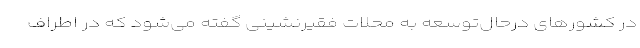
در کشورهای درحال‌توسعه به محلات فقیرنشینی گفته می‌شود که در اطراف